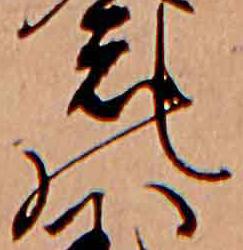
の